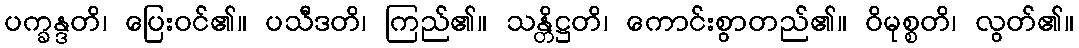
ပက္ခန္ဒတိ၊ ပြေးဝင်၏။ ပသီဒတိ၊ ကြည်၏။ သန္တိဋ္ဌတိ၊ ကောင်းစွာတည်၏။ ဝိမုစ္စတိ၊ လွတ်၏။